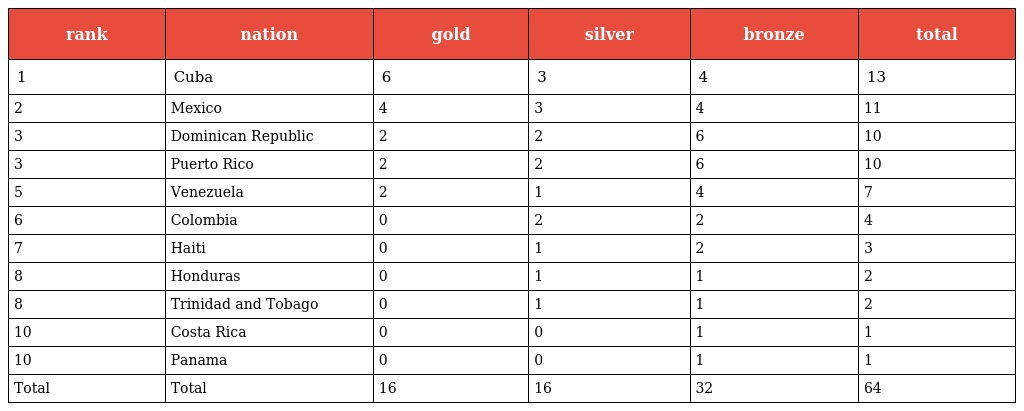
| rank | nation | gold | silver | bronze | total |
 | --- | --- | --- | --- | --- | --- |
 | 1 | Cuba | 6 | 3 | 4 | 13 |
 | 2 | Mexico | 4 | 3 | 4 | 11 |
 | 3 | Dominican Republic | 2 | 2 | 6 | 10 |
 | 3 | Puerto Rico | 2 | 2 | 6 | 10 |
 | 5 | Venezuela | 2 | 1 | 4 | 7 |
 | 6 | Colombia | 0 | 2 | 2 | 4 |
 | 7 | Haiti | 0 | 1 | 2 | 3 |
 | 8 | Honduras | 0 | 1 | 1 | 2 |
 | 8 | Trinidad and Tobago | 0 | 1 | 1 | 2 |
 | 10 | Costa Rica | 0 | 0 | 1 | 1 |
 | 10 | Panama | 0 | 0 | 1 | 1 |
 | Total | Total | 16 | 16 | 32 | 64 |